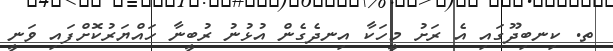
ތ. ކިނބިދޫގައި އެ ރަށު މީހަކާ އިނދެގެން އުޅުނު ރުބީނާ ހައްޔަރުކޮށްފައި ވަނީ